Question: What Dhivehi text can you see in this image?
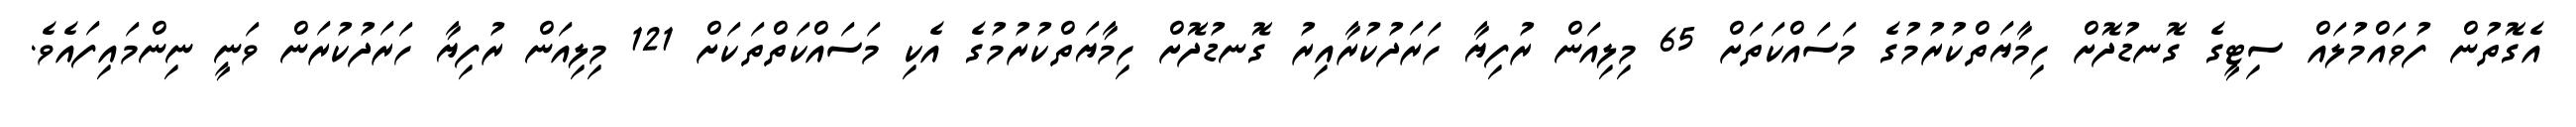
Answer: އެގޮތުން ފުވައްމުލައް ސިޓީގެ ގޮނޑުދޮށް ހިމާޔަތްކުރުމުގެ މަސައްކަތަށް 65 މިލިއަން ރުފިޔާ ހަރަދުކުރާއިރު ގޮނޑުދޮށް ހިމާޔަތްކުރުމުގެ އެކި މަސައްކަތްތަކަށް 121 މިލިއަން ރުފިޔާ ހަރަދުކުރަން ވަނީ ނިންމައިފައެވެ.